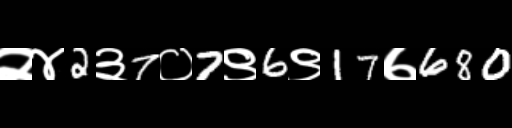
Text: २४2३7०7९6९17७680